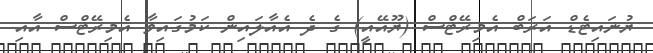
ޔުނަައިޓެޑް އަރަބް އެމިރޭޓްސް (ޔޫއޭއީ) ގެ ދެ އެއާލައިން ކަމުގައިވާ އެމިރޭޓްސް އާއި